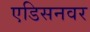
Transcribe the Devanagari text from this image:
एडिसनवर